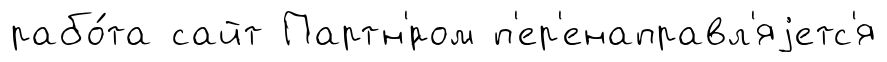
рабо́та сайт Партн'́ром п'ер'енаправл'яjетс'я